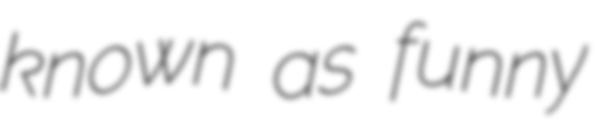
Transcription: known as funny